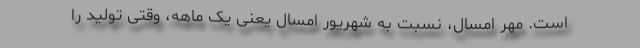
است. مهر امسال، نسبت به شهریور امسال یعنی یک ماهه، وقتی تولید را